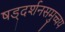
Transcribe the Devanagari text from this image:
षड्दर्शनसमुच्चय